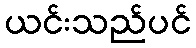
ယင်းသည်ပင်